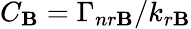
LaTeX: C_{\mathbf{B}}=\Gamma_{nr\mathbf{B}}/k_{r\mathbf{B}}